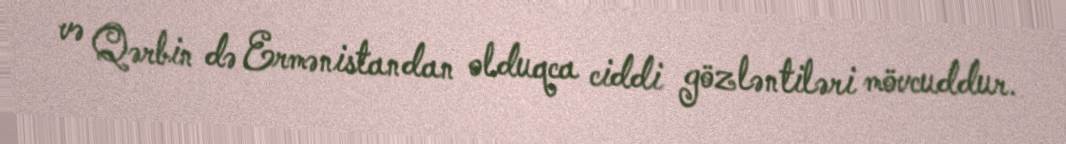
və Qərbin də Ermənistandan olduqca ciddi gözləntiləri mövcuddur.